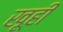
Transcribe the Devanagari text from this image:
खूही